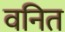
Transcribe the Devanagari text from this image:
वनित